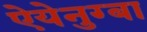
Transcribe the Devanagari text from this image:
ऐयेनुग्बा